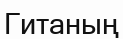
Гитаның